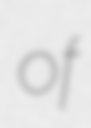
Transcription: of